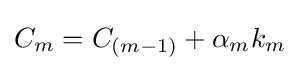
C_{m}=C_{(m-1)}+\alpha _{m}k_{m}